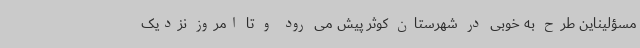
مسؤلیناین طرح به خوبی در شهرستان کوثر پیش می رود و تا امروز نزدیک